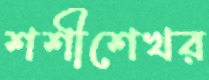
শশীশেখর